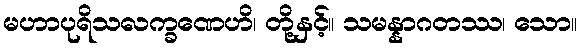
မဟာပုရိသလက္ခဏေဟိ၊ တို့နှင့်။ သမန္နာဂတဿ၊ သော။